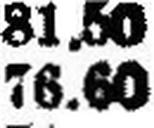
76.60